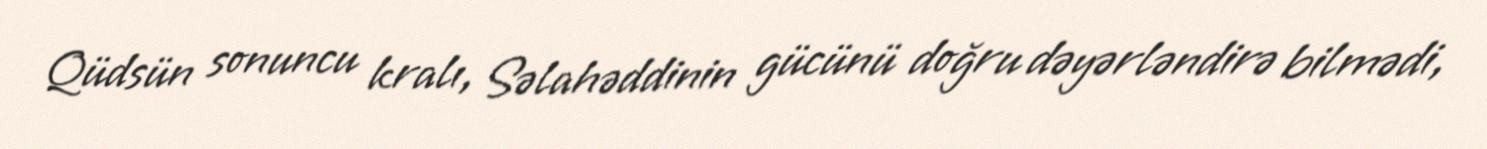
Qüdsün sonuncu kralı, Səlahəddinin gücünü doğru dəyərləndirə bilmədi,